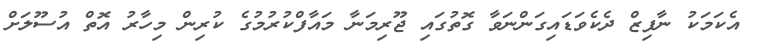
އެކަމަކު ނާފިޒް ދެކެވަޑައިގަންނަވާ ގޮތުގައި ޖޫރިމަނާ މައާފްކުރުމުގެ ކުރިން މިހާރު އޮތް އުސޫލަށް